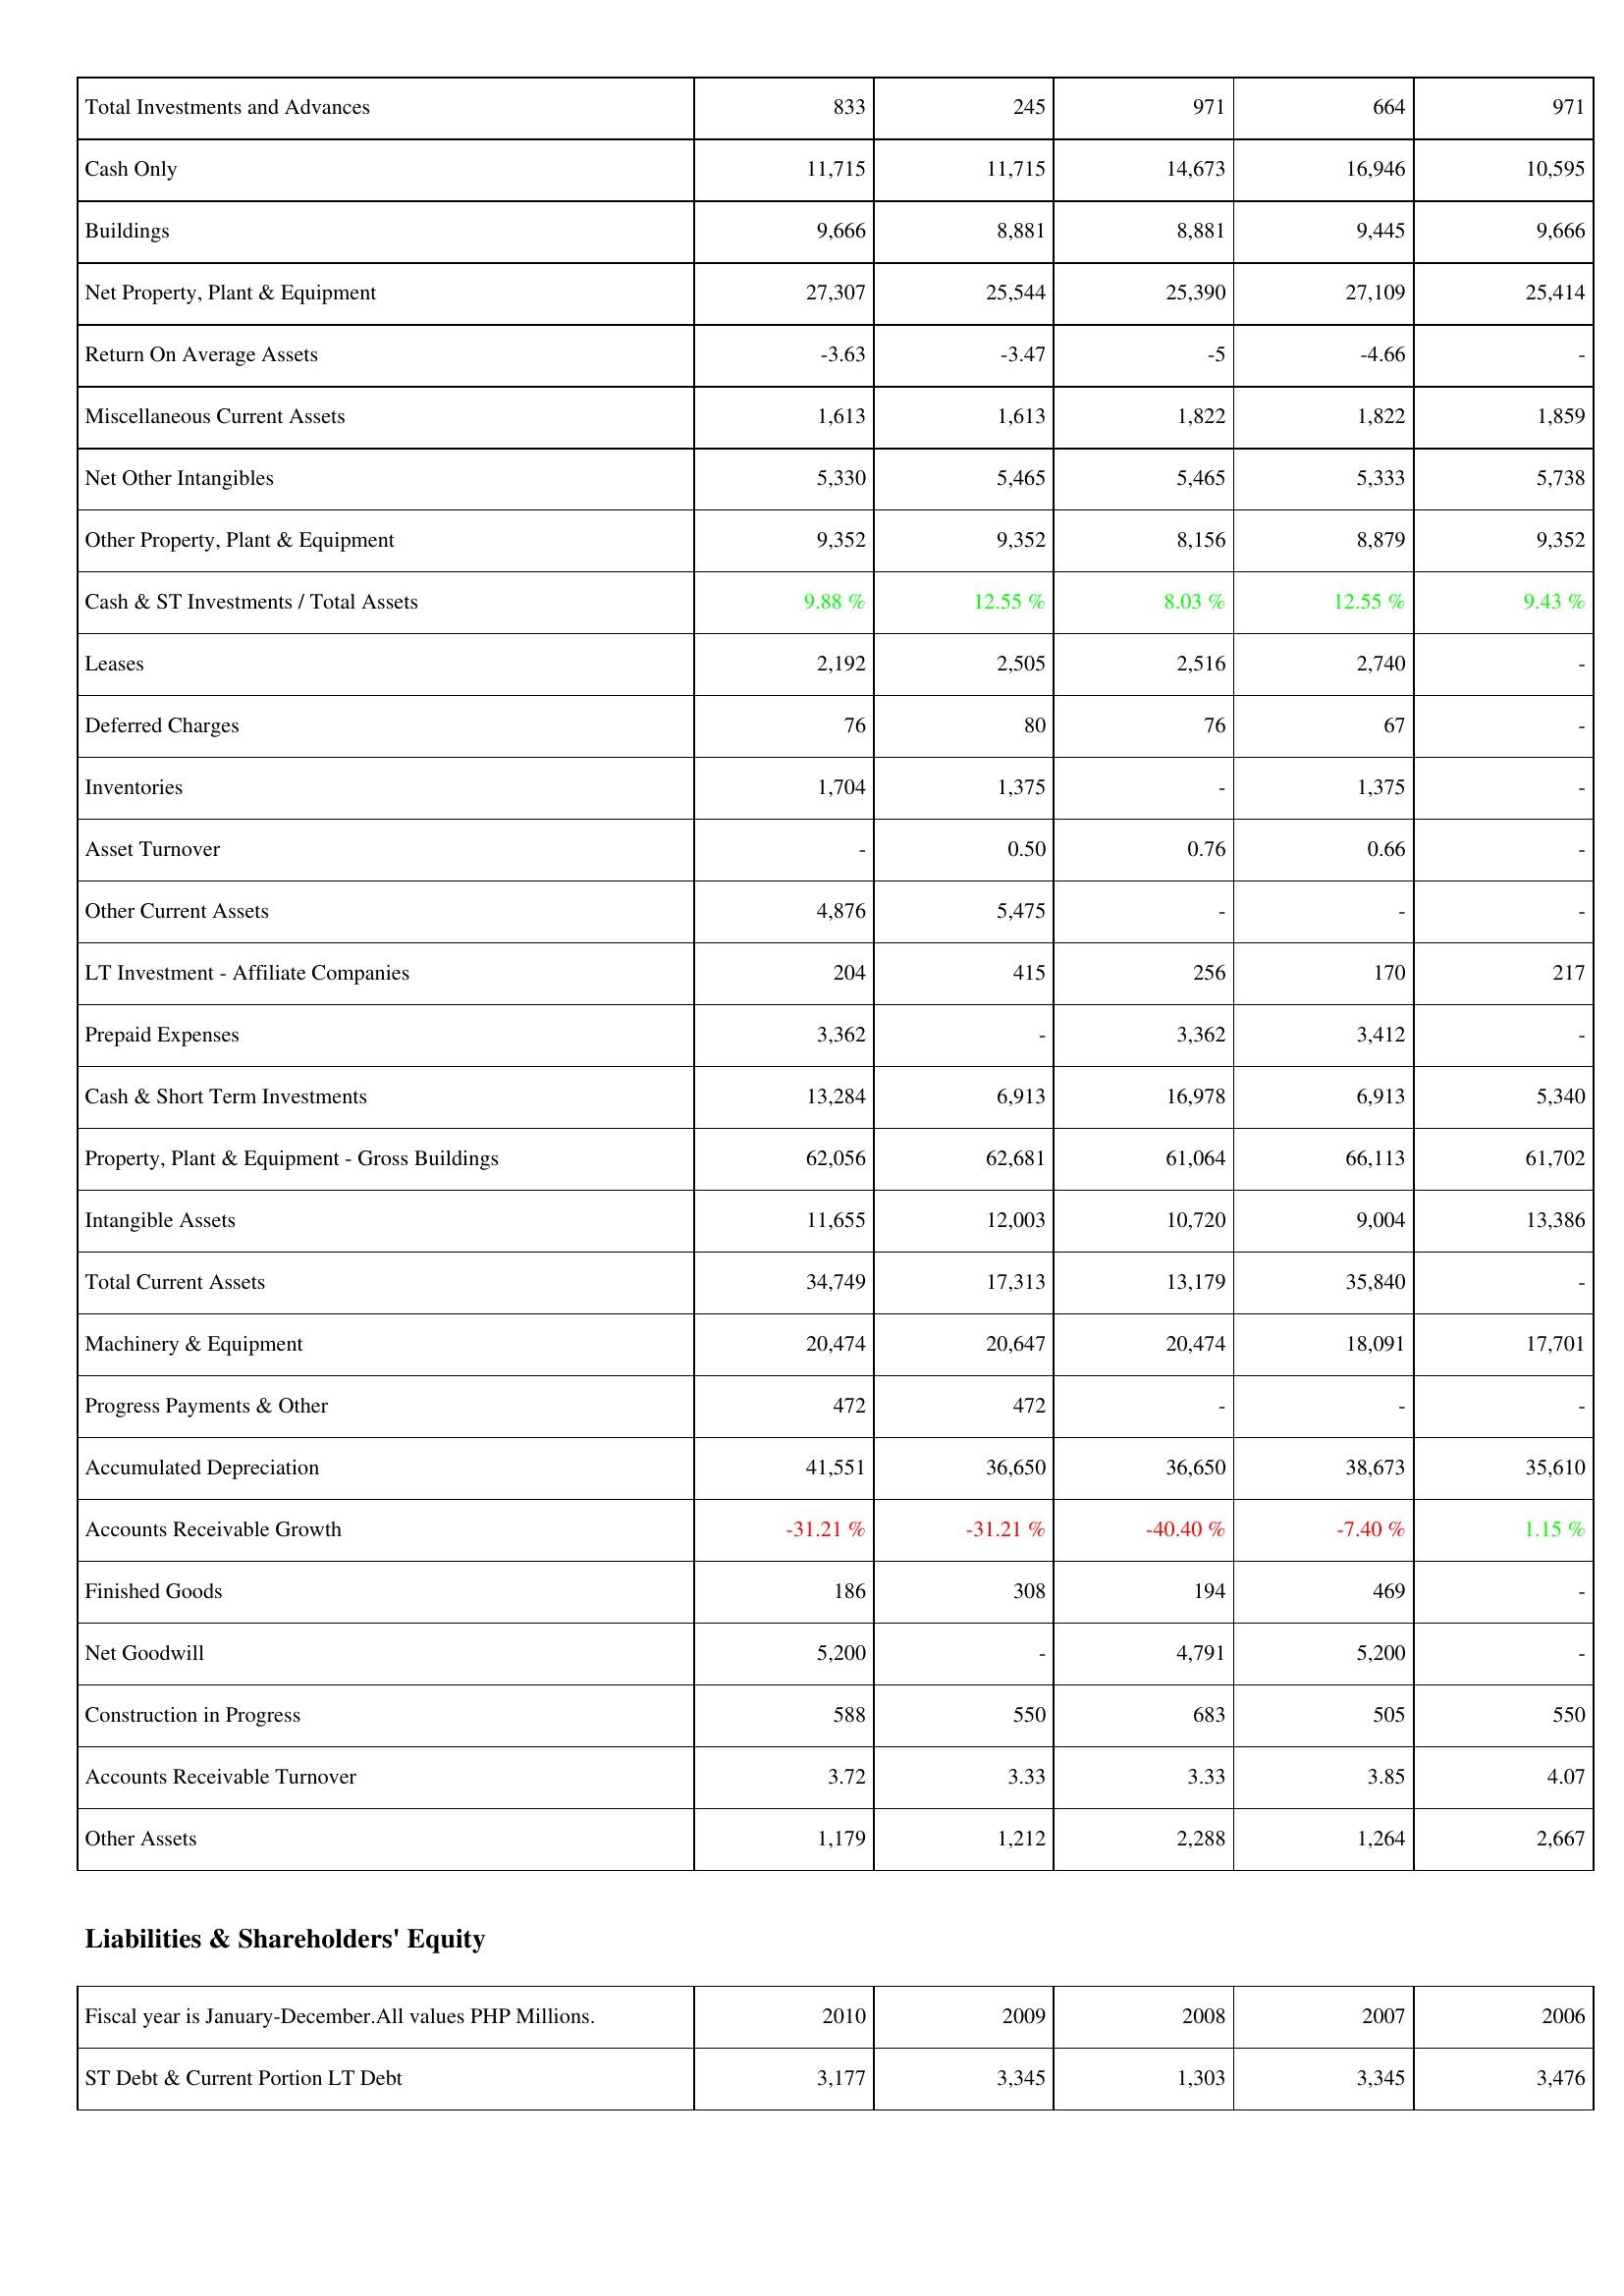
2010: Assets: Total Investments and Advances: 833
Cash Only: 11,715
Buildings: 9,666
Net Property, Plant & Equipment: 27,307
Return On Average Assets: -3.63
Miscellaneous Current Assets: 1,613
Net Other Intangibles: 5,330
Other Property, Plant & Equipment: 9,352
Cash & ST Investments / Total Assets: 9.88 %
Leases: 2,192
Deferred Charges: 76
Inventories: 1,704
Asset Turnover: -
Other Current Assets: 4,876
LT Investment - Affiliate Companies: 204
Prepaid Expenses: 3,362
Cash & Short Term Investments: 13,284
Property, Plant & Equipment - Gross Buildings: 62,056
Intangible Assets: 11,655
Total Current Assets: 34,749
Machinery & Equipment: 20,474
Progress Payments & Other: 472
Accumulated Depreciation: 41,551
Accounts Receivable Growth: -31.21 %
Finished Goods: 186
Net Goodwill: 5,200
Construction in Progress: 588
Accounts Receivable Turnover: 3.72
Other Assets: 1,179
Liabilities & Shareholders' Equity: ST Debt & Current Portion LT Debt: 3,177
2009: Assets: Total Investments and Advances: 245
Cash Only: 11,715
Buildings: 8,881
Net Property, Plant & Equipment: 25,544
Return On Average Assets: -3.47
Miscellaneous Current Assets: 1,613
Net Other Intangibles: 5,465
Other Property, Plant & Equipment: 9,352
Cash & ST Investments / Total Assets: 12.55 %
Leases: 2,505
Deferred Charges: 80
Inventories: 1,375
Asset Turnover: 0.50
Other Current Assets: 5,475
LT Investment - Affiliate Companies: 415
Prepaid Expenses: -
Cash & Short Term Investments: 6,913
Property, Plant & Equipment - Gross Buildings: 62,681
Intangible Assets: 12,003
Total Current Assets: 17,313
Machinery & Equipment: 20,647
Progress Payments & Other: 472
Accumulated Depreciation: 36,650
Accounts Receivable Growth: -31.21 %
Finished Goods: 308
Net Goodwill: -
Construction in Progress: 550
Accounts Receivable Turnover: 3.33
Other Assets: 1,212
Liabilities & Shareholders' Equity: ST Debt & Current Portion LT Debt: 3,345
2008: Assets: Total Investments and Advances: 971
Cash Only: 14,673
Buildings: 8,881
Net Property, Plant & Equipment: 25,390
Return On Average Assets: -5
Miscellaneous Current Assets: 1,822
Net Other Intangibles: 5,465
Other Property, Plant & Equipment: 8,156
Cash & ST Investments / Total Assets: 8.03 %
Leases: 2,516
Deferred Charges: 76
Inventories: -
Asset Turnover: 0.76
Other Current Assets: -
LT Investment - Affiliate Companies: 256
Prepaid Expenses: 3,362
Cash & Short Term Investments: 16,978
Property, Plant & Equipment - Gross Buildings: 61,064
Intangible Assets: 10,720
Total Current Assets: 13,179
Machinery & Equipment: 20,474
Progress Payments & Other: -
Accumulated Depreciation: 36,650
Accounts Receivable Growth: -40.40 %
Finished Goods: 194
Net Goodwill: 4,791
Construction in Progress: 683
Accounts Receivable Turnover: 3.33
Other Assets: 2,288
Liabilities & Shareholders' Equity: ST Debt & Current Portion LT Debt: 1,303
2007: Assets: Total Investments and Advances: 664
Cash Only: 16,946
Buildings: 9,445
Net Property, Plant & Equipment: 27,109
Return On Average Assets: -4.66
Miscellaneous Current Assets: 1,822
Net Other Intangibles: 5,333
Other Property, Plant & Equipment: 8,879
Cash & ST Investments / Total Assets: 12.55 %
Leases: 2,740
Deferred Charges: 67
Inventories: 1,375
Asset Turnover: 0.66
Other Current Assets: -
LT Investment - Affiliate Companies: 170
Prepaid Expenses: 3,412
Cash & Short Term Investments: 6,913
Property, Plant & Equipment - Gross Buildings: 66,113
Intangible Assets: 9,004
Total Current Assets: 35,840
Machinery & Equipment: 18,091
Progress Payments & Other: -
Accumulated Depreciation: 38,673
Accounts Receivable Growth: -7.40 %
Finished Goods: 469
Net Goodwill: 5,200
Construction in Progress: 505
Accounts Receivable Turnover: 3.85
Other Assets: 1,264
Liabilities & Shareholders' Equity: ST Debt & Current Portion LT Debt: 3,345
2006: Assets: Total Investments and Advances: 971
Cash Only: 10,595
Buildings: 9,666
Net Property, Plant & Equipment: 25,414
Return On Average Assets: -
Miscellaneous Current Assets: 1,859
Net Other Intangibles: 5,738
Other Property, Plant & Equipment: 9,352
Cash & ST Investments / Total Assets: 9.43 %
Leases: -
Deferred Charges: -
Inventories: -
Asset Turnover: -
Other Current Assets: -
LT Investment - Affiliate Companies: 217
Prepaid Expenses: -
Cash & Short Term Investments: 5,340
Property, Plant & Equipment - Gross Buildings: 61,702
Intangible Assets: 13,386
Total Current Assets: -
Machinery & Equipment: 17,701
Progress Payments & Other: -
Accumulated Depreciation: 35,610
Accounts Receivable Growth: 1.15 %
Finished Goods: -
Net Goodwill: -
Construction in Progress: 550
Accounts Receivable Turnover: 4.07
Other Assets: 2,667
Liabilities & Shareholders' Equity: ST Debt & Current Portion LT Debt: 3,476